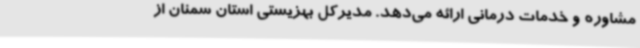
مشاوره و خدمات درمانی ارائه‌ می‌دهد. مدیرکل بهزیستی استان سمنان از